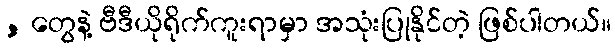
, တွေနဲ့ ဗီဒီယိုရိုက်ကူးရာမှာ အသုံးပြုနိုင်တဲ့ ဖြစ်ပါတယ်။